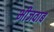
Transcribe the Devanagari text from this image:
भीजवाब